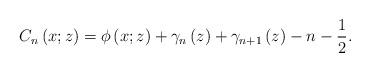
LaTeX: \begin{align*}C_{n}\left( x;z\right) =\phi\left( x;z\right) +\gamma_{n}\left( z\right)+\gamma_{n+1}\left( z\right) -n-\frac{1}{2}. \end{align*}